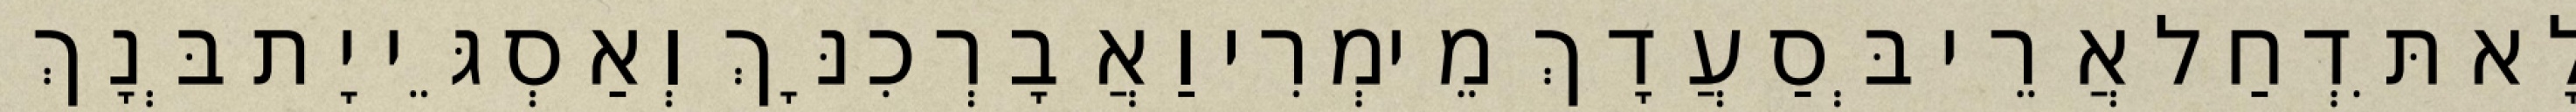
לָא תִּדְחַל אֲרֵי בְּסַעֲדָךְ מֵימְרִי וַאֲבָרְכִנָּךְ וְאַסְגֵּי יָת בְּנָךְ